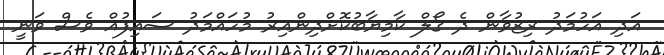
އަދި އަހުމަދު ރިޒުވާން ދެ ގޯލް ކާމިޔާބުކޮށްދިންއިރު މުހައްމަދު ސައިފުއް ވެސް ވަނީ